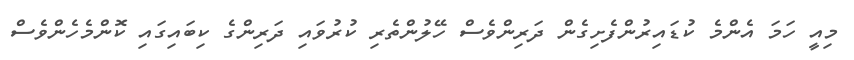
މިއީ ހަމަ އެންމެ ކުޑައިރުންފެށިގެން ދަރިންވެސް ހޭލުންތެރި ކުރުވައި ދަރިންގެ ކިބައިގައި ކޮންމެހެންވެސް